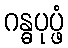
ဂန္ဓပုပ္ဖံ